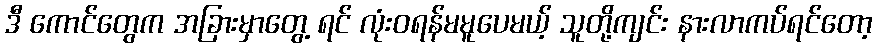
ဒီ ကောင်တွေက အခြားမှာတွေ့ ရင် လုံးဝရန်မမူပေမယ့် သူတို့ကျင်း နားလာကပ်ရင်တော့